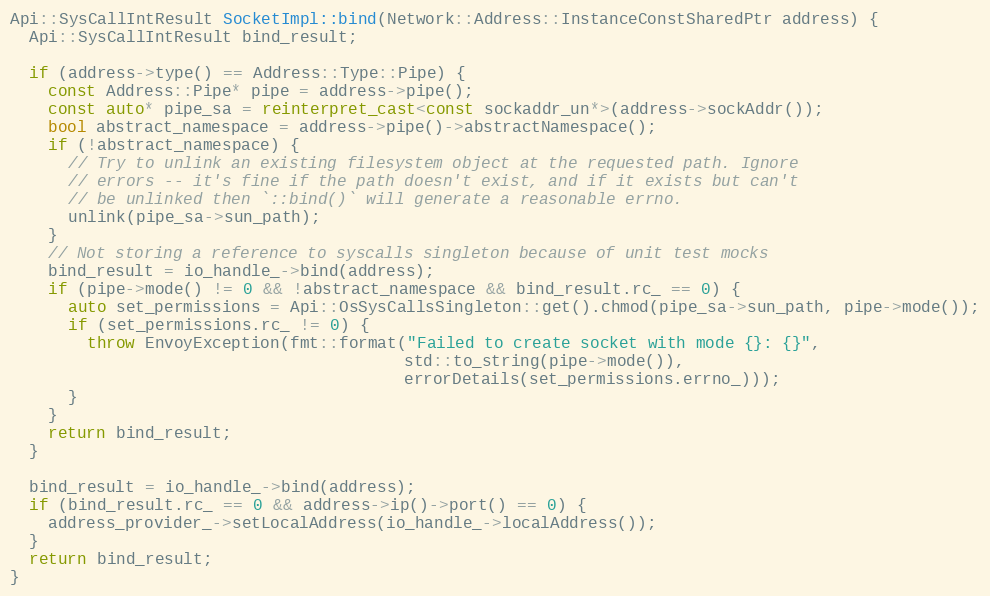
Language: C++
Api::SysCallIntResult SocketImpl::bind(Network::Address::InstanceConstSharedPtr address) {
  Api::SysCallIntResult bind_result;

  if (address->type() == Address::Type::Pipe) {
    const Address::Pipe* pipe = address->pipe();
    const auto* pipe_sa = reinterpret_cast<const sockaddr_un*>(address->sockAddr());
    bool abstract_namespace = address->pipe()->abstractNamespace();
    if (!abstract_namespace) {
      // Try to unlink an existing filesystem object at the requested path. Ignore
      // errors -- it's fine if the path doesn't exist, and if it exists but can't
      // be unlinked then `::bind()` will generate a reasonable errno.
      unlink(pipe_sa->sun_path);
    }
    // Not storing a reference to syscalls singleton because of unit test mocks
    bind_result = io_handle_->bind(address);
    if (pipe->mode() != 0 && !abstract_namespace && bind_result.rc_ == 0) {
      auto set_permissions = Api::OsSysCallsSingleton::get().chmod(pipe_sa->sun_path, pipe->mode());
      if (set_permissions.rc_ != 0) {
        throw EnvoyException(fmt::format("Failed to create socket with mode {}: {}",
                                         std::to_string(pipe->mode()),
                                         errorDetails(set_permissions.errno_)));
      }
    }
    return bind_result;
  }

  bind_result = io_handle_->bind(address);
  if (bind_result.rc_ == 0 && address->ip()->port() == 0) {
    address_provider_->setLocalAddress(io_handle_->localAddress());
  }
  return bind_result;
}